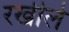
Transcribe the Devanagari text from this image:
रखीले